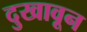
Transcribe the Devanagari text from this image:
दुखावून